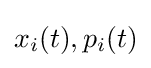
x_{i}(t),p_{i}(t)